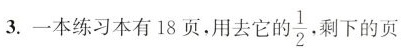
3.一本练习本有18页，用去它的\frac{1}{2}剩下的页数